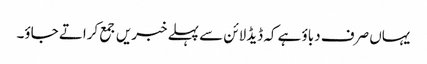
یہاں صرف دباؤ ہے کہ ڈیڈلائن سے پہلے خبریں جمع کراتے جاؤ۔